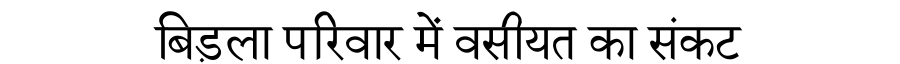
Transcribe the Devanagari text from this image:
बिड़ला परिवार में वसीयत का संकट